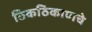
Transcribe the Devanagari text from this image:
ठिकठिकाणचे